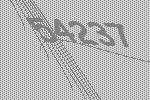
54237